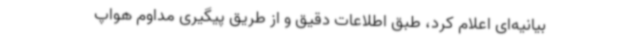
بیانیه‌ای اعلام کرد، طبق اطلاعات دقیق و از طریق پیگیری مداوم هواپ